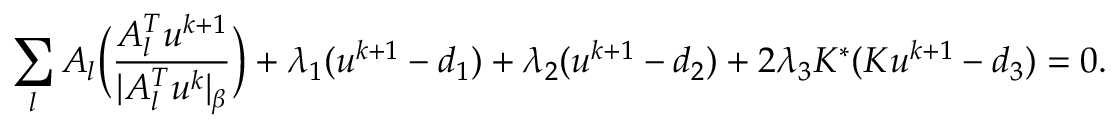
\sum _ { l } A _ { l } \Big ( \frac { A _ { l } ^ { T } u ^ { k + 1 } } { | A _ { l } ^ { T } u ^ { k } | _ { \beta } } \Big ) + \lambda _ { 1 } ( u ^ { k + 1 } - d _ { 1 } ) + \lambda _ { 2 } ( u ^ { k + 1 } - d _ { 2 } ) + 2 \lambda _ { 3 } K ^ { * } ( K u ^ { k + 1 } - d _ { 3 } ) = 0 .